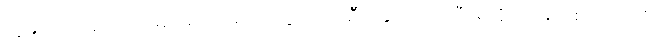
သူများလုပ်ပေမယ့် မင်းမလုပ်ရဘူးကွ၊ ကိုယ့်ဦးနှောက်သုံးပြီး ရိုးရိုးအမြတ်စားတာကို